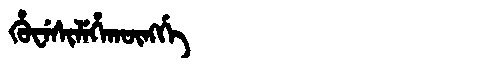
Manchu: ᡥᡠᠸᡝᠰᡳᠯᡝᡥᠠᡴᡡᠩᡤᡝ
Romanization: HUWESILEHAKŪNGGE